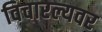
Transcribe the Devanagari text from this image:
विचारल्यवर